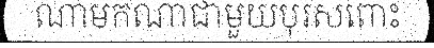
ណាមកណាជាមួយបុរសពោះ